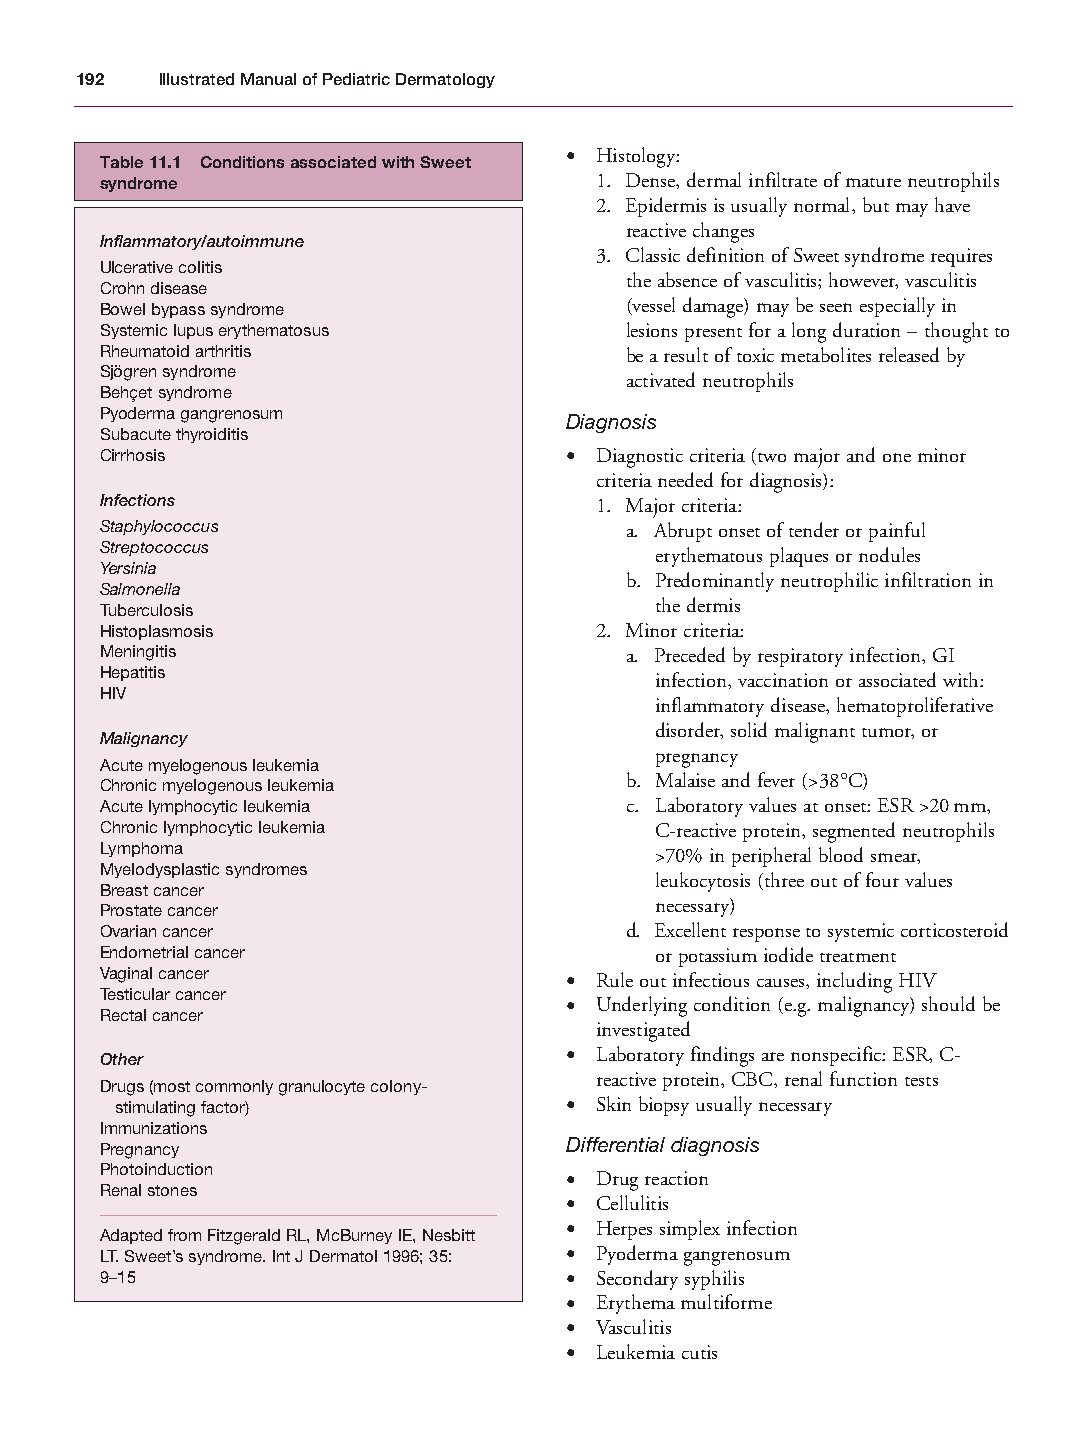
Mallory Chapter 11 27/1/05 2:16 pm Page 192
 192  Illustrated Manual of Pediatric Dermatology
 • Histology:
 Table 11.1 Conditions associated with Sweet
 syndrome                        1. Dense, dermal infiltrate of mature neutrophils
 2. Epidermis is usually normal, but may have
 reactive changes
 Inflammatory/autoimmune
 3. Classic definition of Sweet syndrome requires
 Ulcerative colitis
 the absence of vasculitis; however, vasculitis
 Crohn disease
 Bowel bypass syndrome             (vessel damage) may be seen especially in
 Systemic lupus erythematosus      lesions present for a long duration – thought to
 Rheumatoid arthritis              be a result of toxic metabolites released by
 Sjögren syndrome
 activated neutrophils
 Behçet syndrome
 Pyoderma gangrenosum          Diagnosis
 Subacute thyroiditis
 Cirrhosis                     • Diagnostic criteria (two major and one minor
 criteria needed for diagnosis):
 Infections                      1. Major criteria:
 Staphylococcus                    a. Abrupt onset of tender or painful
 Streptococcus
 erythematous plaques or nodules
 Yersinia
 b. Predominantly neutrophilic infiltration in
 Salmonella
 Tuberculosis                        the dermis
 Histoplasmosis                  2. Minor criteria:
 Meningitis                        a. Preceded by respiratory infection, GI
 Hepatitis
 infection, vaccination or associated with:
 HIV
 inflammatory disease, hematoproliferative
 disorder, solid malignant tumor, or
 Malignancy
 pregnancy
 Acute myelogenous leukemia
 b. Malaise and fever (>38°C)
 Chronic myelogenous leukemia
 Acute lymphocytic leukemia        c. Laboratory values at onset: ESR >20mm,
 Chronic lymphocytic leukemia        C-reactive protein, segmented neutrophils
 Lymphoma                            >70% in peripheral blood smear,
 Myelodysplastic syndromes
 leukocytosis (three out of four values
 Breast cancer
 necessary)
 Prostate cancer
 Ovarian cancer                    d. Excellent response to systemic corticosteroid
 Endometrial cancer                  or potassium iodide treatment
 Vaginal cancer                • Rule out infectious causes, including HIV
 Testicular cancer
 • Underlying condition (e.g. malignancy) should be
 Rectal cancer
 investigated
 Other                         • Laboratory findings are nonspecific: ESR, C-
 reactive protein, CBC, renal function tests
 Drugs (most commonly granulocyte colony-
 stimulating factor)          • Skin biopsy usually necessary
 Immunizations
 Pregnancy                     Differential diagnosis
 Photoinduction
 • Drug reaction
 Renal stones
 • Cellulitis
 • Herpes simplex infection
 Adapted from Fitzgerald RL, McBurney IE, Nesbitt
 LT. Sweet’s syndrome. Int J Dermatol 1996; 35: • Pyoderma gangrenosum
 9–15                          • Secondary syphilis
 • Erythema multiforme
 • Vasculitis
 • Leukemia cutis